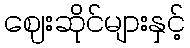
ဈေးဆိုင်များနှင့်